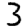
Digit: 3